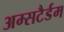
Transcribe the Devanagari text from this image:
अम्सटैर्डम